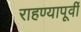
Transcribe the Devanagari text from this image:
राहण्यापूर्वी